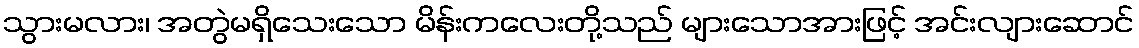
သွားမလား၊ အတွဲမရှိသေးသော မိန်းကလေးတို့သည် များသောအားဖြင့် အင်းလျားဆောင်